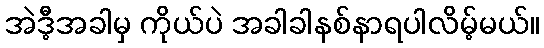
အဲဒီ့အခါမှ ကိုယ်ပဲ အခါခါနစ်နာရပါလိမ့်မယ်။